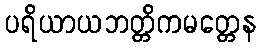
ပရိယာယဘတ္တိကမတ္တေန